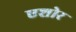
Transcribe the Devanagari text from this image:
एशोर